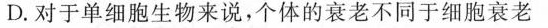
D.对于单细胞生物来说，个体的衰老不同于细胞衰老